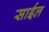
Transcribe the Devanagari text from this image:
साईल